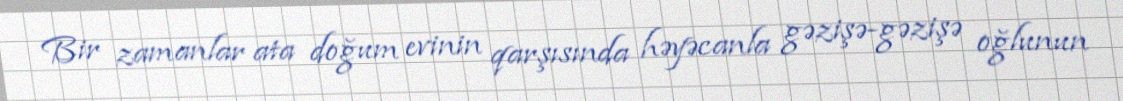
Bir zamanlar ata doğum evinin qarşısında həyəcanla gəzişə-gəzişə oğlunun